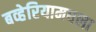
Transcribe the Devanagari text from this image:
बव्हेरियामधला